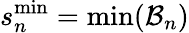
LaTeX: s_{n}^{\mathrm{min}}=\operatorname*{min}(\mathcal{B}_{n})